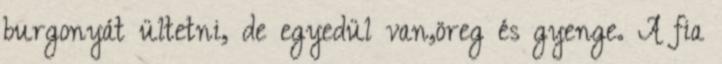
burgonyát ültetni, de egyedül van,öreg és gyenge. A fia